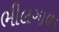
ભીલગાળા